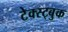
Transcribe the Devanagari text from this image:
टेक्स्ट्बुक